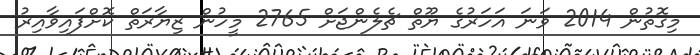
މިގޮތުން 2014 ވަނަ އަހަރުގެ ޔޫތް ޗެލެންޖަށް 2765 މީހުން ޒިޔާރަތް ކޮށްފައިވާއިރު